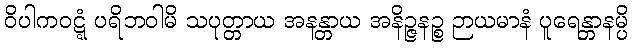
ဝိပါကဝဋ္ဋံ ပရိဘဝါမိ သပုတ္တာယ အနန္တာယ အနိဉ္ဇနဉ္စ ဉာယမာနံ ပူရေန္တာနမ္ပိ